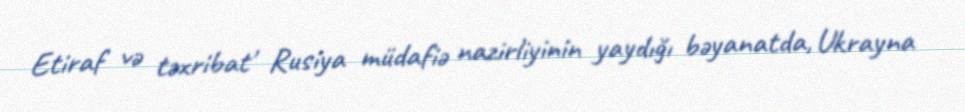
Etiraf və təxribat' Rusiya müdafiə nazirliyinin yaydığı bəyanatda, Ukrayna